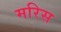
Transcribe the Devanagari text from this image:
मरिस